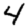
Digit: 4